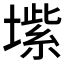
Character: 𱗺